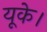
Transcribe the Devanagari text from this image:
यूके।